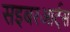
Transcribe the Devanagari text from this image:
सइबरआर्ट्स